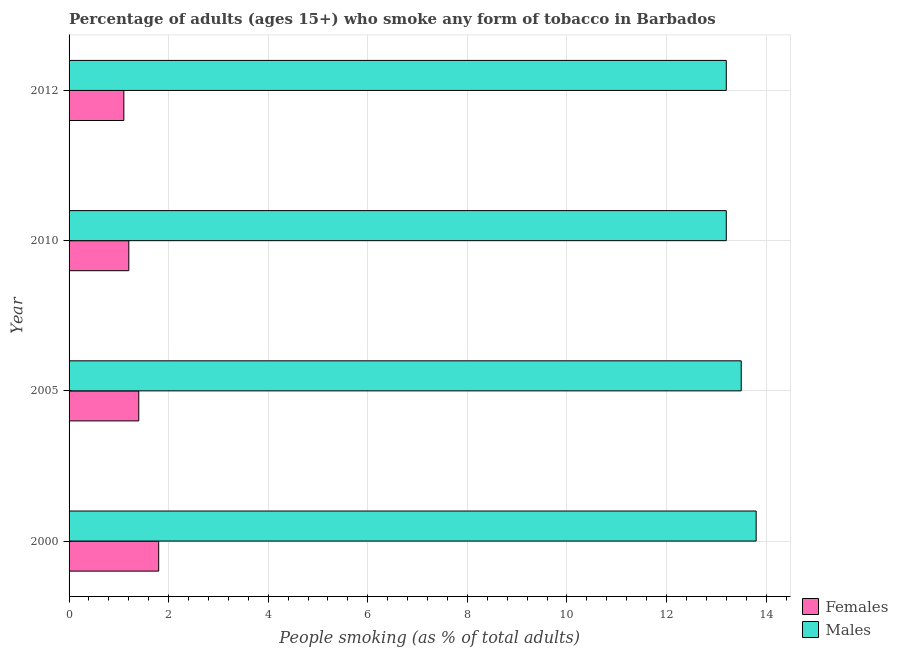
| Year | Females | Males |
 | --- | --- | --- |
 | 2000 | 1.8 | 13.8 |
 | 2005 | 1.4 | 13.5 |
 | 2010 | 1.2 | 13.2 |
 | 2012 | 1.1 | 13.2 |